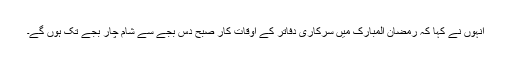
انہوں نے کہا کہ رمضان المبارک میں سرکاری دفاتر کے اوقات کار صبح دس بجے سے شام چار بجے تک ہوں گے۔